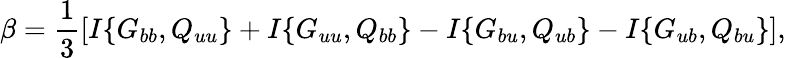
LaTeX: \beta=\frac{1}{3}\left[{I\{ {G_{bb},Q_{uu}}\} +I\{ {G_{uu},Q_{bb}}\} -I\{ {G_{bu},Q_{ub}}\} -I\{ {G_{ub},Q_{bu}}\} }\right],